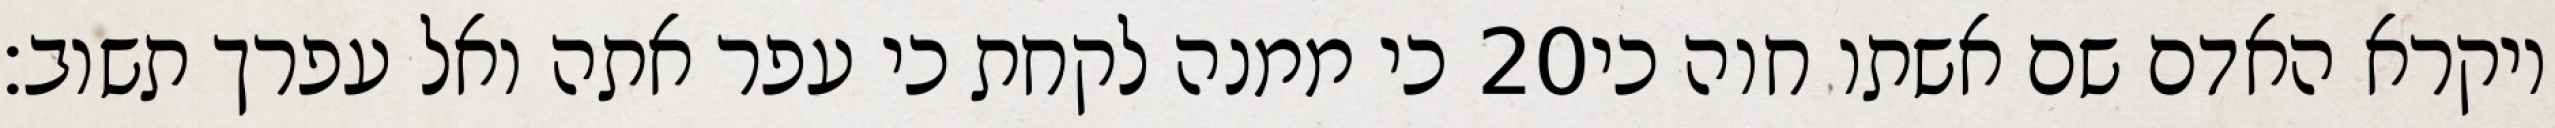
כי ממנה לקחת כי עפר אתה ואל עפרך תשוב׃ ‎20‏ ויקרא האדם שם אשתו חוה כי